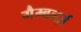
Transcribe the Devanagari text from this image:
गैम्बलर्ज़